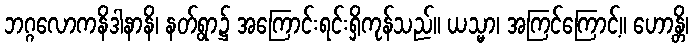
ဘဂ္ဂလောကနိဒါနာနိ၊ နတ်ရွာ၌ အကြောင်းရင်းရှိကုန်သည်။ ယသ္မာ၊ အကြင်ကြောင့်။ ဟောန္တိ၊